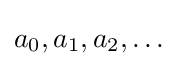
a_{0},a_{1},a_{2},\ldots